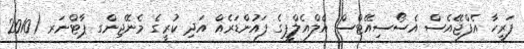
ފަރީހާ އެފްޖޭއެސް އެސޯސިއޭޓްސް އެލްއެލްޕީގެ ފައުންޑަރެއް އަދި ކުރީގެ މެނޭޖިންގ ޕާޓްނަރ (2010